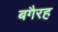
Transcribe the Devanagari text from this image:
बगैरह